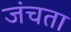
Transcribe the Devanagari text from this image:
जंचता